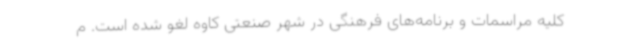
کلیه مراسمات و برنامه‌های فرهنگی در شهر صنعتی کاوه لغو شده است. م